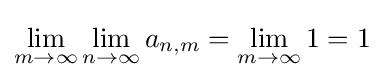
\lim _{m\to \infty }\lim _{n\to \infty }a_{n,m}=\lim _{m\to \infty }1=1